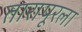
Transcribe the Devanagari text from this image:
तारापूरला